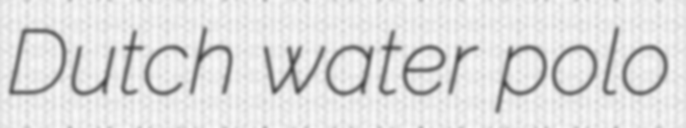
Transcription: Dutch water polo